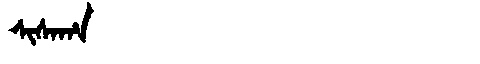
Manchu: ᠰᡳᠰᠠᡥᠠ
Romanization: SISAHA